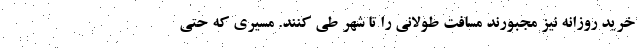
خرید روزانه نیز مجبورند مسافت طولانی را تا شهر طی کنند. مسیری که حتی